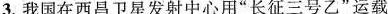
3.我国在西昌卫星发射中心用”长征三号乙”运载